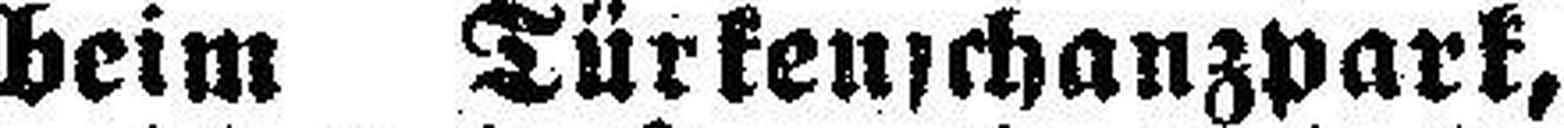
beim Türkenschanzpark,